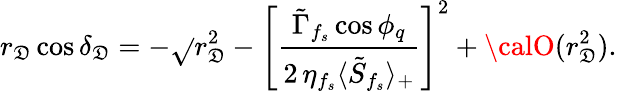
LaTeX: r_{\mathfrak{D}}\cos\delta_{\mathfrak{D}}=-\sqrt{}{{r_{\mathfrak{D}}^{2}-\left[\frac{{\tilde{{\Gamma}}_{f_{s}}\cos\phi_{q}}}{{2\, \eta_{f_{s}}\langle\tilde{{S}}_{f_{s}}\rangle_{+}}}\right]^{2}}}+{\calO}(r_{\mathfrak{D}}^{2}).